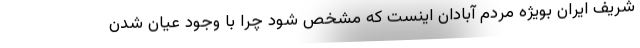
شریف ایران بویژه مردم آبادان اینست که مشخص شود چرا با وجود عیان شدن